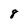
Character: 8